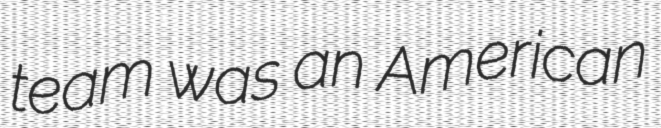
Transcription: team was an American